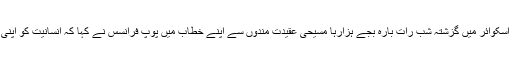
غیر ملکی خبر رساں ادارے کے مطابق ایسٹر سنڈے کے مسیحی تہوار کے موقع پر ویٹیکن سٹی کے پیٹرز اسکوائر میں گزشتہ شب رات بارہ بجے ہزارہا مسیحی عقیدت مندوں سے اپنے خطاب میں پوپ فرانسس نے کہا کہ انسانیت کو اپنی توجہ صرف مسائل اور مشکلات پر ہی مرکوز نہیں رکھنا چاہیے کیونکہ وہ تو کبھی ختم ہی نہیں ہوں گے۔